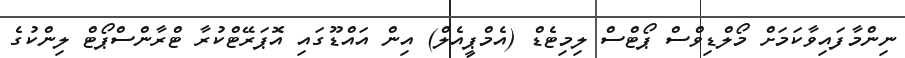
ނިންމާފައިވާކަމަށް މޯލްޑިވްސް ޕޯޓްސް ލިމިޓެޑް (އެމްޕީއެލް) އިން އައްޑޫގައި އޮޕަރޭޓްކުރާ ޓްރާންސްޕޯޓް ލިންކުގެ